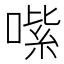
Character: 𠹦